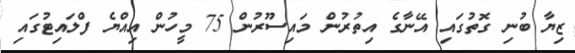
ޒިޔާ ބުނި ގޮތުގައި އޭނާގެ އިތުރުން މައިސޫރުން 75 މީހުން އިއްޔެ ފްލައިޓުގައި